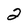
Character: 2